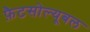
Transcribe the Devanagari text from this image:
फ़ैटसोल्यूबल